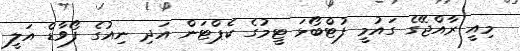
މިއީ ރާއްޖޭގެ ގައުމީ ފުޓްބޯޅަ ޓީމުގެ ކެޕްޓަން އަދި ނިއުގެ ފޯވާޑް އަލީ